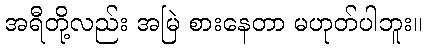
အရီတို့လည်း အမြဲ စားနေတာ မဟုတ်ပါဘူး။